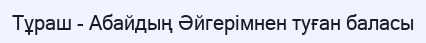
Тұраш - Абайдың Әйгерімнен туған баласы